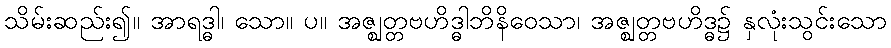
သိမ်းဆည်း၍။ အာရဒ္ဓါ၊ သော။ ပ။ အဇ္ဈတ္တဗဟိဒ္ဓါဘိနိဝေသာ၊ အဇ္ဈတ္တဗဟိဒ္ဓ၌ နှလုံးသွင်းသော